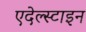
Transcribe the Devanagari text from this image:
एदेल्स्टाइन